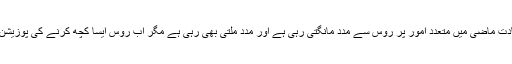
بھارتی قیادت ماضی میں متعدد امور پر روس سے مدد مانگتی رہی ہے اور مدد ملتی بھی رہی ہے مگر اب روس ایسا کچھ کرنے کی پوزیشن میں نہیں۔